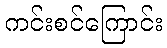
ကင်းစင်ကြောင်း